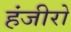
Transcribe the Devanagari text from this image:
हंजीरो